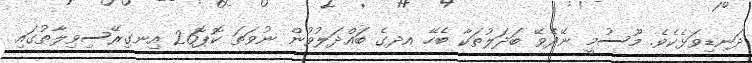
ދަނޑިވަޅެކެވެ. މޫސުމީ ނޭދެވޭ ބަދަލުތަކާ ބެހޭ އދގެ ބައްދަލުވުން ނުވަތަ ކޮޕޮ26 އިނގިރޭސިވިލާތުގައި